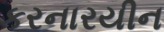
કરનારયીન